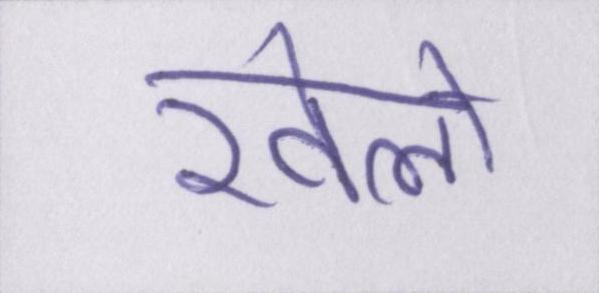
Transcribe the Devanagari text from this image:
खेलो